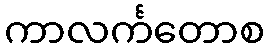
ကာလင်္ကတောစ